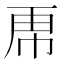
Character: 𮓜